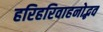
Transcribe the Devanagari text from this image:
हरिहरिवाहनोद्भव